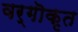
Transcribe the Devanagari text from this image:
वर्गॊकृत